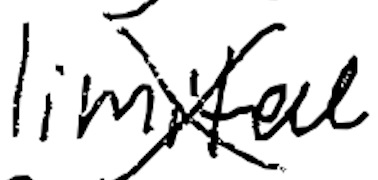
Text: limited
Cross-out: cross
Writing tool: digital_black